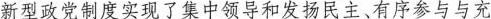
新型政党制度实现了集中领导和发扬民主、有序参与与充